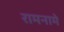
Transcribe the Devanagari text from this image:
रामनामे